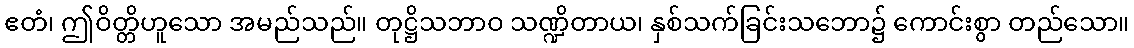
ဧတံ၊ ဤဝိတ္တိဟူသော အမည်သည်။ တုဋ္ဌိသဘာဝ သဏ္ဍိတာယ၊ နှစ်သက်ခြင်းသဘော၌ ကောင်းစွာ တည်သော။